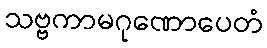
သဗ္ဗကာမဂုဏောပေတံ